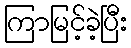
ကြာမြင့်ခဲ့ပြီး